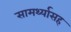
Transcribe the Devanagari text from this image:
सामर्थ्यासह